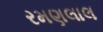
રમણલાલ